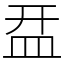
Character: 㿼